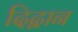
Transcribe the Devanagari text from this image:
दिद्वान